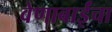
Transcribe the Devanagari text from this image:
वेणाबाईंचा